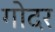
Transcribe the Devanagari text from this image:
गोदर